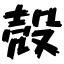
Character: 殻